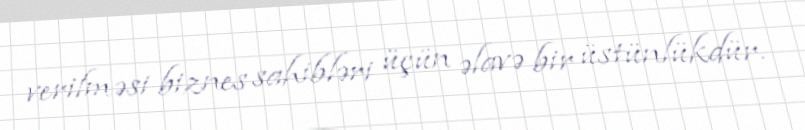
verilməsi biznes sahibləri üçün əlavə bir üstünlükdür.